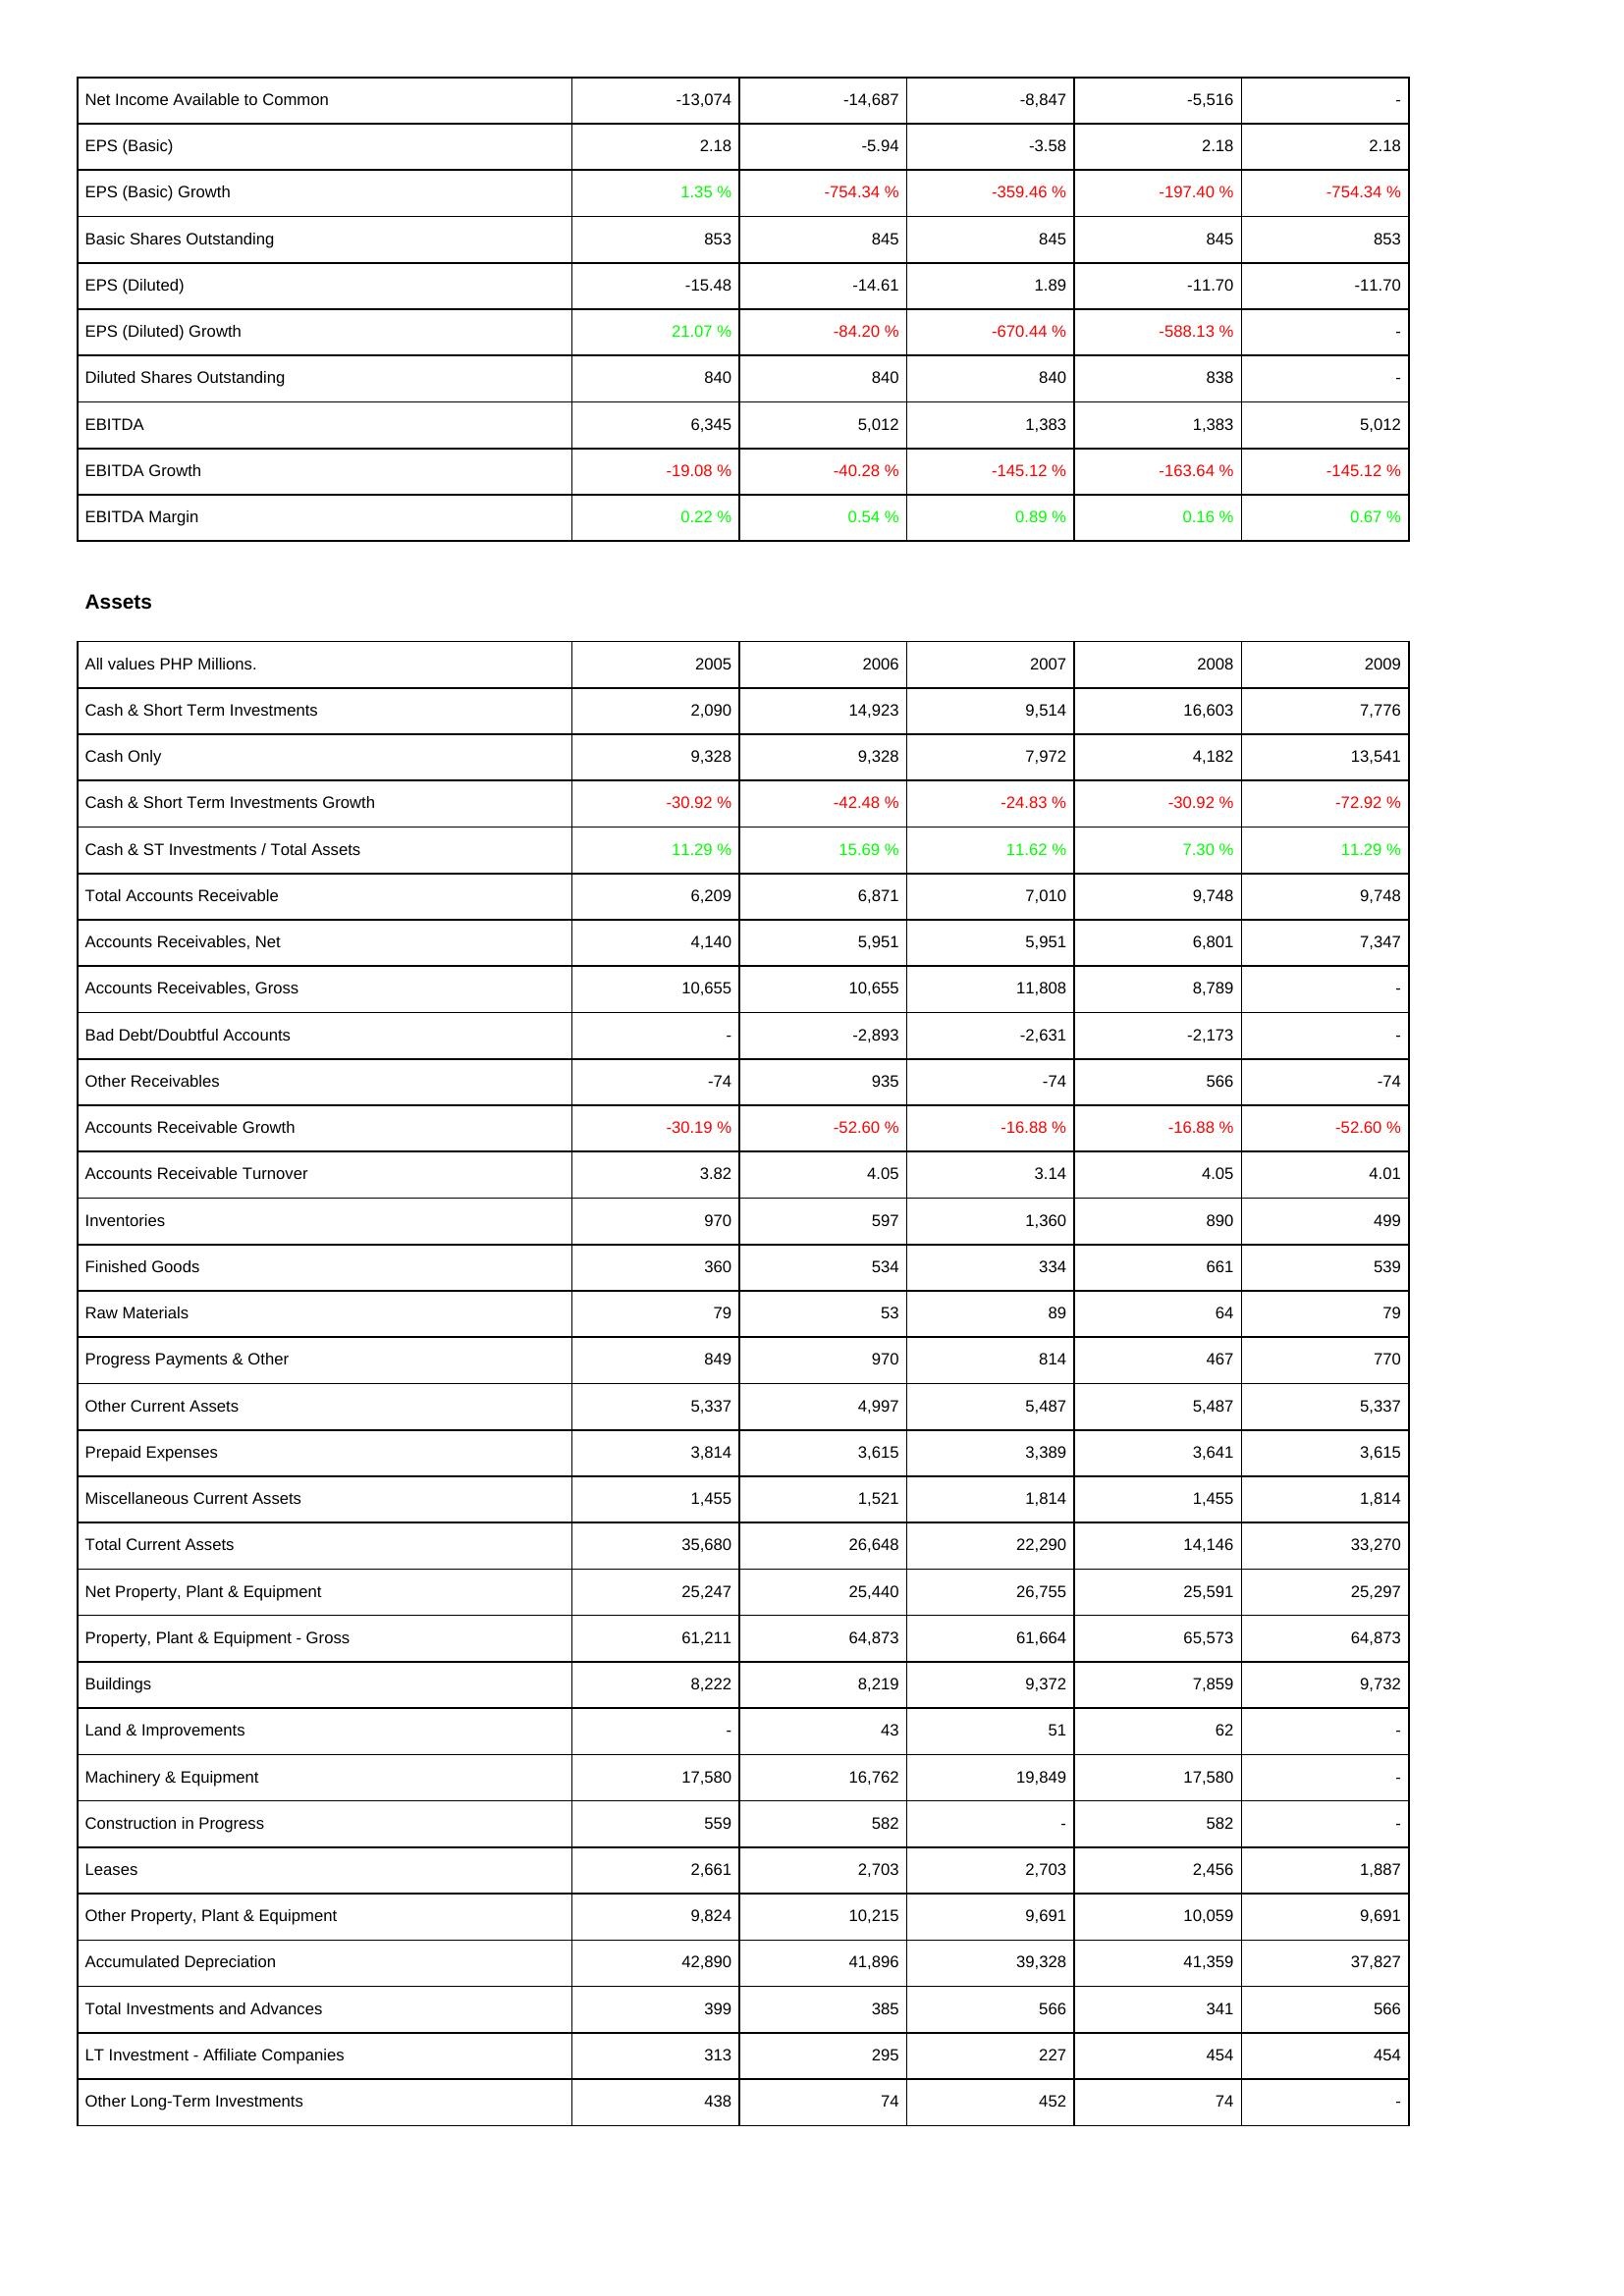
2005: Income Statement: Net Income Available to Common: -13,074
EPS (Basic): 2.18
EPS (Basic) Growth: 1.35 %
Basic Shares Outstanding: 853
EPS (Diluted): -15.48
EPS (Diluted) Growth: 21.07 %
Diluted Shares Outstanding: 840
EBITDA: 6,345
EBITDA Growth: -19.08 %
EBITDA Margin: 0.22 %
Assets: Cash & Short Term Investments: 2,090
Cash Only: 9,328
Cash & Short Term Investments Growth: -30.92 %
Cash & ST Investments / Total Assets: 11.29 %
Total Accounts Receivable: 6,209
Accounts Receivables, Net: 4,140
Accounts Receivables, Gross: 10,655
Bad Debt/Doubtful Accounts: -
Other Receivables: -74
Accounts Receivable Growth: -30.19 %
Accounts Receivable Turnover: 3.82
Inventories: 970
Finished Goods: 360
Raw Materials: 79
Progress Payments & Other: 849
Other Current Assets: 5,337
Prepaid Expenses: 3,814
Miscellaneous Current Assets: 1,455
Total Current Assets: 35,680
Net Property, Plant & Equipment: 25,247
Property, Plant & Equipment - Gross: 61,211
Buildings: 8,222
Land & Improvements: -
Machinery & Equipment: 17,580
Construction in Progress: 559
Leases: 2,661
Other Property, Plant & Equipment: 9,824
Accumulated Depreciation: 42,890
Total Investments and Advances: 399
LT Investment - Affiliate Companies: 313
Other Long-Term Investments: 438
2006: Income Statement: Net Income Available to Common: -14,687
EPS (Basic): -5.94
EPS (Basic) Growth: -754.34 %
Basic Shares Outstanding: 845
EPS (Diluted): -14.61
EPS (Diluted) Growth: -84.20 %
Diluted Shares Outstanding: 840
EBITDA: 5,012
EBITDA Growth: -40.28 %
EBITDA Margin: 0.54 %
Assets: Cash & Short Term Investments: 14,923
Cash Only: 9,328
Cash & Short Term Investments Growth: -42.48 %
Cash & ST Investments / Total Assets: 15.69 %
Total Accounts Receivable: 6,871
Accounts Receivables, Net: 5,951
Accounts Receivables, Gross: 10,655
Bad Debt/Doubtful Accounts: -2,893
Other Receivables: 935
Accounts Receivable Growth: -52.60 %
Accounts Receivable Turnover: 4.05
Inventories: 597
Finished Goods: 534
Raw Materials: 53
Progress Payments & Other: 970
Other Current Assets: 4,997
Prepaid Expenses: 3,615
Miscellaneous Current Assets: 1,521
Total Current Assets: 26,648
Net Property, Plant & Equipment: 25,440
Property, Plant & Equipment - Gross: 64,873
Buildings: 8,219
Land & Improvements: 43
Machinery & Equipment: 16,762
Construction in Progress: 582
Leases: 2,703
Other Property, Plant & Equipment: 10,215
Accumulated Depreciation: 41,896
Total Investments and Advances: 385
LT Investment - Affiliate Companies: 295
Other Long-Term Investments: 74
2007: Income Statement: Net Income Available to Common: -8,847
EPS (Basic): -3.58
EPS (Basic) Growth: -359.46 %
Basic Shares Outstanding: 845
EPS (Diluted): 1.89
EPS (Diluted) Growth: -670.44 %
Diluted Shares Outstanding: 840
EBITDA: 1,383
EBITDA Growth: -145.12 %
EBITDA Margin: 0.89 %
Assets: Cash & Short Term Investments: 9,514
Cash Only: 7,972
Cash & Short Term Investments Growth: -24.83 %
Cash & ST Investments / Total Assets: 11.62 %
Total Accounts Receivable: 7,010
Accounts Receivables, Net: 5,951
Accounts Receivables, Gross: 11,808
Bad Debt/Doubtful Accounts: -2,631
Other Receivables: -74
Accounts Receivable Growth: -16.88 %
Accounts Receivable Turnover: 3.14
Inventories: 1,360
Finished Goods: 334
Raw Materials: 89
Progress Payments & Other: 814
Other Current Assets: 5,487
Prepaid Expenses: 3,389
Miscellaneous Current Assets: 1,814
Total Current Assets: 22,290
Net Property, Plant & Equipment: 26,755
Property, Plant & Equipment - Gross: 61,664
Buildings: 9,372
Land & Improvements: 51
Machinery & Equipment: 19,849
Construction in Progress: -
Leases: 2,703
Other Property, Plant & Equipment: 9,691
Accumulated Depreciation: 39,328
Total Investments and Advances: 566
LT Investment - Affiliate Companies: 227
Other Long-Term Investments: 452
2008: Income Statement: Net Income Available to Common: -5,516
EPS (Basic): 2.18
EPS (Basic) Growth: -197.40 %
Basic Shares Outstanding: 845
EPS (Diluted): -11.70
EPS (Diluted) Growth: -588.13 %
Diluted Shares Outstanding: 838
EBITDA: 1,383
EBITDA Growth: -163.64 %
EBITDA Margin: 0.16 %
Assets: Cash & Short Term Investments: 16,603
Cash Only: 4,182
Cash & Short Term Investments Growth: -30.92 %
Cash & ST Investments / Total Assets: 7.30 %
Total Accounts Receivable: 9,748
Accounts Receivables, Net: 6,801
Accounts Receivables, Gross: 8,789
Bad Debt/Doubtful Accounts: -2,173
Other Receivables: 566
Accounts Receivable Growth: -16.88 %
Accounts Receivable Turnover: 4.05
Inventories: 890
Finished Goods: 661
Raw Materials: 64
Progress Payments & Other: 467
Other Current Assets: 5,487
Prepaid Expenses: 3,641
Miscellaneous Current Assets: 1,455
Total Current Assets: 14,146
Net Property, Plant & Equipment: 25,591
Property, Plant & Equipment - Gross: 65,573
Buildings: 7,859
Land & Improvements: 62
Machinery & Equipment: 17,580
Construction in Progress: 582
Leases: 2,456
Other Property, Plant & Equipment: 10,059
Accumulated Depreciation: 41,359
Total Investments and Advances: 341
LT Investment - Affiliate Companies: 454
Other Long-Term Investments: 74
2009: Income Statement: Net Income Available to Common: -
EPS (Basic): 2.18
EPS (Basic) Growth: -754.34 %
Basic Shares Outstanding: 853
EPS (Diluted): -11.70
EPS (Diluted) Growth: -
Diluted Shares Outstanding: -
EBITDA: 5,012
EBITDA Growth: -145.12 %
EBITDA Margin: 0.67 %
Assets: Cash & Short Term Investments: 7,776
Cash Only: 13,541
Cash & Short Term Investments Growth: -72.92 %
Cash & ST Investments / Total Assets: 11.29 %
Total Accounts Receivable: 9,748
Accounts Receivables, Net: 7,347
Accounts Receivables, Gross: -
Bad Debt/Doubtful Accounts: -
Other Receivables: -74
Accounts Receivable Growth: -52.60 %
Accounts Receivable Turnover: 4.01
Inventories: 499
Finished Goods: 539
Raw Materials: 79
Progress Payments & Other: 770
Other Current Assets: 5,337
Prepaid Expenses: 3,615
Miscellaneous Current Assets: 1,814
Total Current Assets: 33,270
Net Property, Plant & Equipment: 25,297
Property, Plant & Equipment - Gross: 64,873
Buildings: 9,732
Land & Improvements: -
Machinery & Equipment: -
Construction in Progress: -
Leases: 1,887
Other Property, Plant & Equipment: 9,691
Accumulated Depreciation: 37,827
Total Investments and Advances: 566
LT Investment - Affiliate Companies: 454
Other Long-Term Investments: -